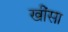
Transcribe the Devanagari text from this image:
खींसा